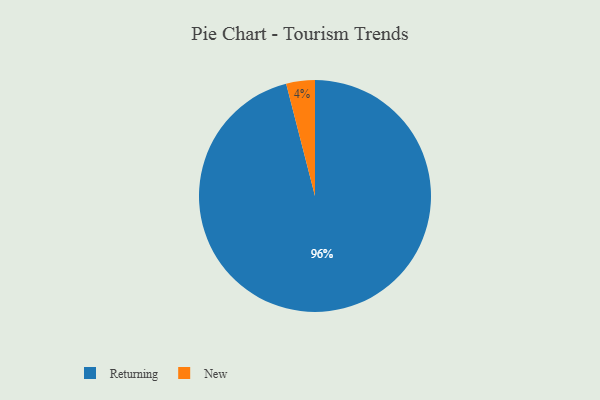
{"axis": {"x": "Category", "y": "Percentage"}, "legend": ["New", "Returning"], "data": [{"x": "Returning", "y": 96, "type": "Returning"}, {"x": "New", "y": 4, "type": "New"}]}